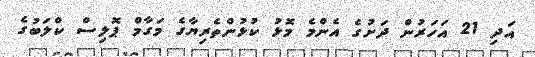
އަދި 21 އަހަރުން ދަށުގެ އެންމެ މޮޅު ކުޅުންތެރިޔާގެ މަގާމް ޕޮލިސް ކްލަބުގެ